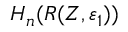
H _ { n } ( R ( Z , \varepsilon _ { 1 } ) )